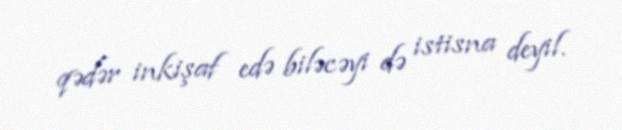
qədər inkişaf edə biləcəyi də istisna deyil.